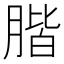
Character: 𦝨